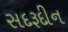
સદરૂદીન